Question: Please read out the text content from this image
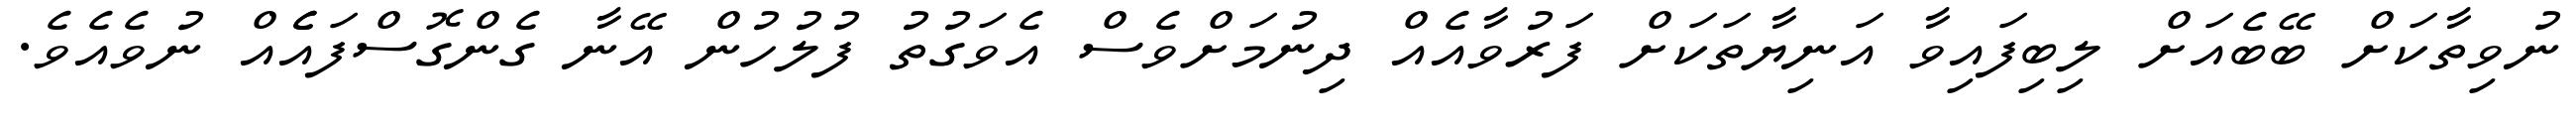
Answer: ނުވިތާކަށް ބޭބެއަށް ލިބިފައިވާ އަނިޔާތަކަށް ފަރުވާއެއް ދިނުމަށްވެސް އެވަގުތު ފުލުހުން އޭނާ ގެންގޮސްފައެެއް ނުވެއެވެ.